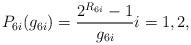
LaTeX: \begin{align*} P_{6i}(g_{6i})&=\frac{2^{R_{6i}}-1}{g_{6i}} i=1,2, \end{align*}